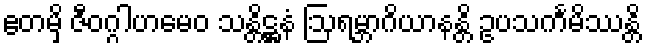
ဧတမှိ ဇီဝဂ္ဂါဟမေဝ သန္တိဋ္ဌနံ ဩရမ္ဘာဂိယာနန္တိ ဥပသင်္ကမိဿန္တိ